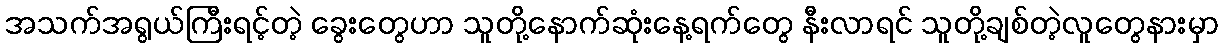
အသက်အရွယ်ကြီးရင့်တဲ့ ခွေးတွေဟာ သူတို့နောက်ဆုံးနေ့ရက်တွေ နီးလာရင် သူတို့ချစ်တဲ့လူတွေနားမှာ